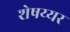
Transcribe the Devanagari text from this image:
शेषय्यर